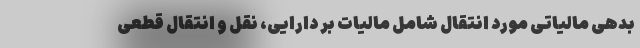
بدهی مالیاتی مورد انتقال شامل مالیات بر دارایی، نقل و انتقال قطعی